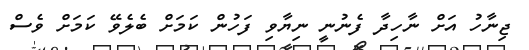
ޖިނާހު އަށް ނާހިދާ ފެނުނީ ނިޔާވި ފަހުން ކަމަށް ބެލެވޭ ކަމަށް ވެސް